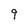
Character: 9